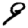
Digit: 9